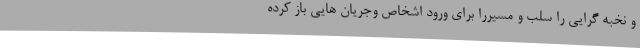
و نخبه گرایی را سلب و مسیررا برای ورود اشخاص وجریان هایی باز کرده